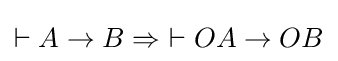
\vdash A\to B\Rightarrow \ \vdash OA\to OB